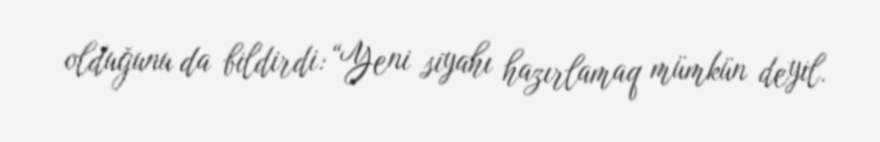
olduğunu da bildirdi: “Yeni siyahı hazırlamaq mümkün deyil.